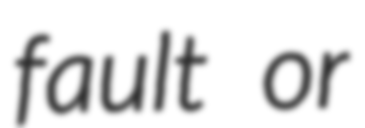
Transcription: fault or